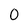
Character: O